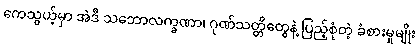
ကေသွယ့်မှာ အဲဒီ သဘောလက္ခဏာ၊ ဂုဏ်သတ္တိတွေနဲ့ ပြည့်စုံတဲ့ ခံစားမှုမျိုး